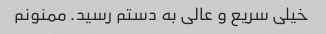
خیلی سریع و عالی به دستم رسید. ممنونم